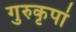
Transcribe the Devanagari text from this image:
गुरुकृपां